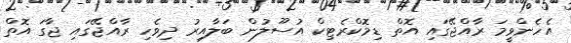
އެހެންވީމަ ރާއްޖޭގައި އޮތް ޑިމޮކްރެޓިކް އުސޫލުން ބަލާއިރު ދިވެހި ރާއްޖޭގައި ޖާގަ އޮތް